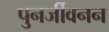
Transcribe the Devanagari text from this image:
पुनर्जीवनन